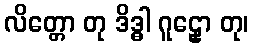
လိတ္တော တု ဒိဒ္ဓါ ဂူဠှော တု၊